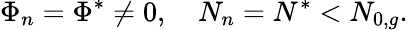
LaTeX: \Phi_{n}=\Phi^{*}\ne 0,\ \ \ \ N_{n}=N^{*}<N_{0,g}.